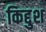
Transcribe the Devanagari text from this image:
किद्दुश